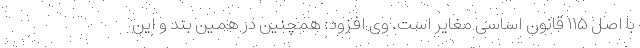
با اصل ۱۱۵ قانون اساسی مغایر است. وی افزود: همچنین در همین بند و این